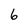
Character: 6